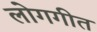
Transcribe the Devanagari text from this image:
लोगगीत